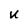
Character: U